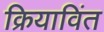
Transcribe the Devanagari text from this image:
क्रियाविंत